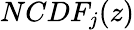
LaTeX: NCDF_{j}(z)